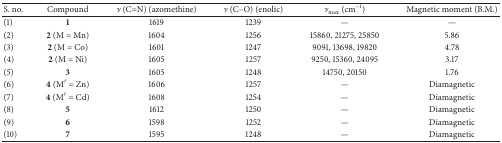
| S. no. | Compound | ν (C=N) (azomethine) | ν (C–O) (enolic) | νmax⁡ (cm−1) | Magnetic moment (B.M.) |
 | --- | --- | --- | --- | --- | --- |
 | (1) | 1 | 1619 | 1239 | — | — |
 | (2) | 2 (M = Mn) | 1604 | 1256 | 15860, 21275, 25850 | 5.86 |
 | (3) | 2 (M = Co) | 1601 | 1247 | 9091, 13698, 19820 | 4.78 |
 | (4) | 2 (M = Ni) | 1605 | 1257 | 9250, 15360, 24095 | 3.17 |
 | (5) | 3 | 1605 | 1248 | 14750, 20150 | 1.76 |
 | (6) | 4 (M′ = Zn) | 1606 | 1257 | — | Diamagnetic |
 | (7) | 4 (M′ = Cd) | 1608 | 1254 | — | Diamagnetic |
 | (8) | 5 | 1612 | 1250 | — | Diamagnetic |
 | (9) | 6 | 1598 | 1252 | — | Diamagnetic |
 | (10) | 7 | 1595 | 1248 | — | Diamagnetic |